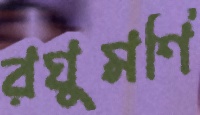
রঘুমণি